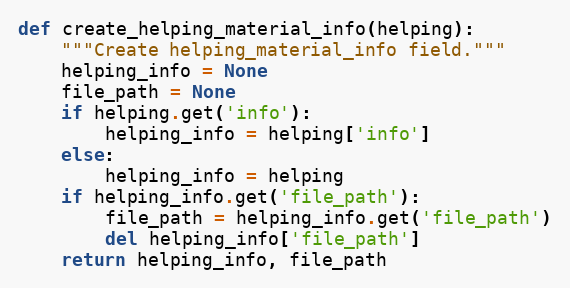
Language: Python
def create_helping_material_info(helping):
    """Create helping_material_info field."""
    helping_info = None
    file_path = None
    if helping.get('info'):
        helping_info = helping['info']
    else:
        helping_info = helping
    if helping_info.get('file_path'):
        file_path = helping_info.get('file_path')
        del helping_info['file_path']
    return helping_info, file_path